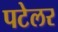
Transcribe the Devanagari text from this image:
पटेलर